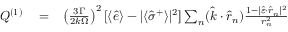
\begin{array} { r l r } { { \cal Q } ^ { ( 1 ) } } & { { } = } & { \left( \frac { 3 \Gamma } { 2 k \Omega } \right) ^ { 2 } [ \langle \hat { e } \rangle - | \langle \hat { \sigma } ^ { + } \rangle | ^ { 2 } ] \sum _ { n } ( \hat { k } \cdot \hat { r } _ { n } ) \frac { 1 - | \hat { \varepsilon } \cdot \hat { r } _ { n } | ^ { 2 } } { r _ { n } ^ { 2 } } } \end{array}